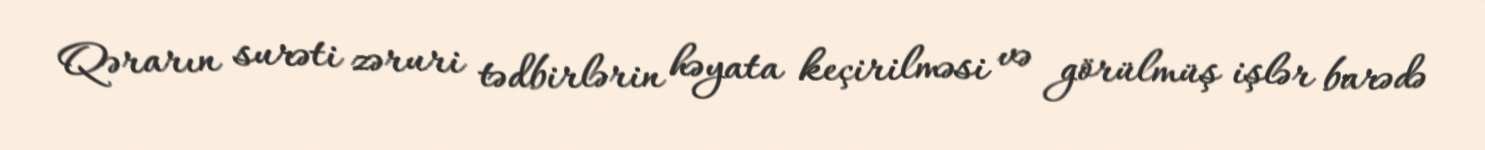
Qərarın surəti zəruri tədbirlərin həyata keçirilməsi və görülmüş işlər barədə